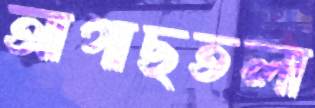
আগাছতলা